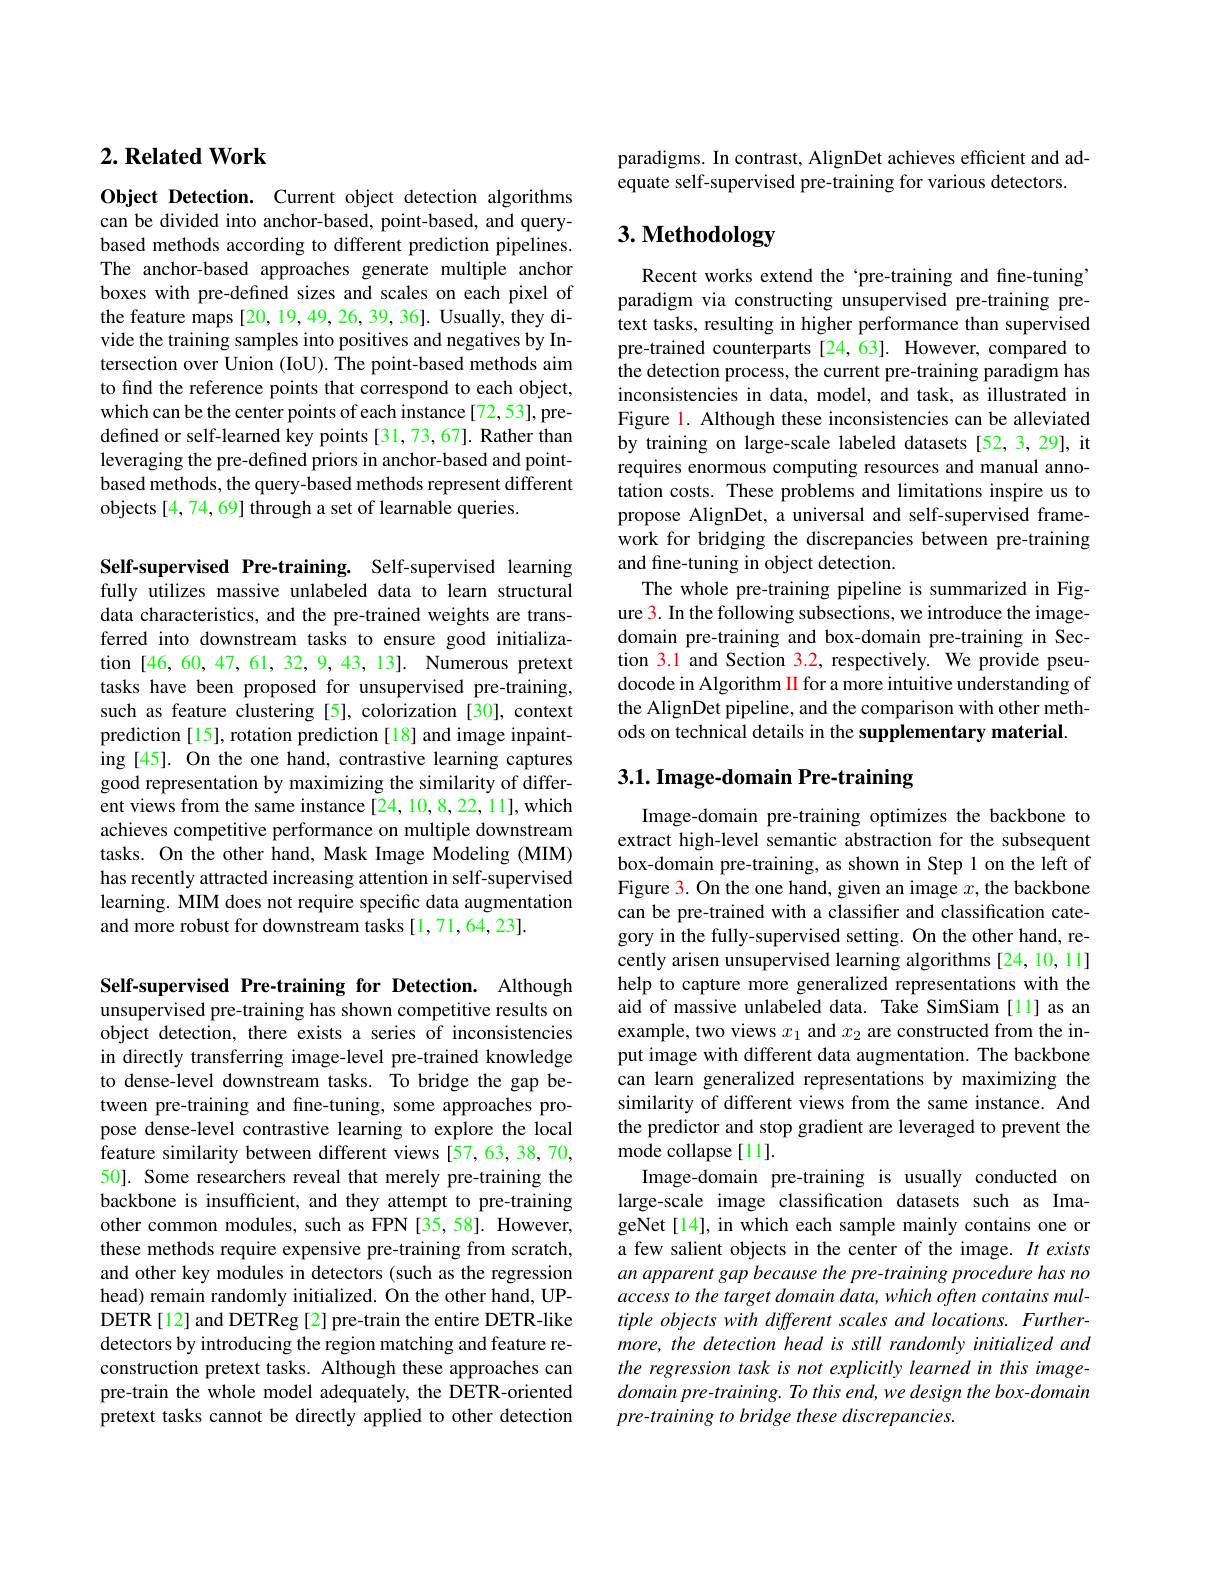
## $2. \textbf{ Related Work}$

Object Detection. Current object detection algorithms can be divided into anchor-based, point-based, and querybased methods according to different prediction pipelines. The anchor-based approaches generate multiple anchor boxes with pre-defined sizes and scales on each pixel of the feature maps [20, 19, 49, 26, 39, 36]. Usually, they divide the training samples into positives and negatives by Intersection over Union (IoU). The point-based methods aim to find the reference points that correspond to each object, which can be the center points of each instance [72,53], predefined or self-learned key points [31,73,67]. Rather than leveraging the pre-defined priors in anchor-based and pointbased methods, the query-based methods represent different objects [4, 74, 69] through a set of learnable queries.

Self-supervised Pre-training. Self-supervised learning fully utilizes massive unlabeled data to learn structural data characteristics, and the pre-trained weights are transferred into downstream tasks to ensure good initialization [46,60,47,61,32,9,43,13]. Numerous pretext tasks have been proposed for unsupervised pre-training, such as feature clustering [5], colorization [30], context prediction [15], rotation prediction [18] and image inpainting [45]. On the one hand, contrastive learning captures good representation by maximizing the similarity of different views from the same instance [24, 10, 8, 22, 11], which achieves competitive performance on multiple downstream tasks. On the other hand, Mask Image Modeling (MIM) has recently attracted increasing attention in self-supervised learning. MIM does not require specific data augmentation and more robust for downstream tasks [1,71,64,23].

Self-supervised Pre-training for Detection. Although unsupervised pre-training has shown competitive results on object detection, there exists a series of inconsistencies in directly transferring image-level pre-trained knowledge to dense-level downstream tasks. To bridge the gap between pre-training and fine-tuning, some approaches propose dense-level contrastive learning to explore the local feature similarity between different views [57,63,38,70, 50]. Some researchers reveal that merely pre-training the backbone is insufficient, and they attempt to pre-training other common modules, such as FPN [35,58]. However, these methods require expensive pre-training from scratch, and other key modules in detectors (such as the regression head) remain randomly initialized. On the other hand, UPDETR[12] and DETReg [2] pre-train the entire DETR-like detectors by introducing the region matching and feature reconstruction pretext tasks. Although these approaches can pre-train the whole model adequately, the DETR-oriented pretext tasks cannot be directly applied to other detection

paradigms. In contrast, AlignDet achieves efficient and ad-
equate self-supervised pre-training for various detectors

## $3. \textbf{ Methodology}$

Recent works extend the ‘pre-training and fine-tuning paradigm via constructing unsupervised pre-training pretext tasks, resulting in higher performance than supervised pre-trained counterparts [24,63]. However, compared to the detection process, the current pre-training paradigm has inconsistencies in data, model, and task, as illustrated in Figure 1. Although these inconsistencies can be alleviated by training on large-scale labeled datasets [52,3,29], it requires enormous computing resources and manual annotation costs. These problems and limitations inspire us to propose AlignDet, a universal and self-supervised framework for bridging the discrepancies between pre-training and fine-tuning in object detection.
The whole pre-training pipeline is summarized in Figure 3. In the following subsections, we introduce the imagedomain pre-training and box-domain pre-training in Section 3.1 and Section 3.2, respectively. We provide pseudocode in Algorithm II for a more intuitive understanding of the AlignDet pipeline, and the comparison with other methods on technical details in the supplementary material

# 3.1. Image-domain Pre-training

Image-domain pre-training optimizes the backbone to extract high-level semantic abstraction for the subsequent box-domain pre-training, as shown in Step 1 on the left of Figure 3. On the one hand, given an image $x$, the backbone can be pre-trained with a classifier and classification category in the fully-supervised setting. On the other hand, recently arisen unsupervised learning algorithms [24,10,11] help to capture more generalized representations with the aid of massive unlabeled data. Take SimSiam [11] as an example, two views $x_1$ and $x_2$ are constructed from the input image with different data augmentation. The backbone can learn generalized representations by maximizing the similarity of different views from the same instance. And the predictor and stop gradient are leveraged to prevent the mode collapse[11].
Image-domain pre-training is usually conducted on large-scale image classification datasets such as ImageNet[14], in which each sample mainly contains one or a few salient objects in the center of the image. $It$ exists an apparent gap because the pre-training procedure has no access to the target domain data, which often contains multiple objects with different scales and locations. Furthermore, the detection head is still randomly initialized and the regression task is not explicitly learned in this image- $domainpre- training. \textit{To this end, we design the box- domain}$ pre-training to bridge these discrepancies.